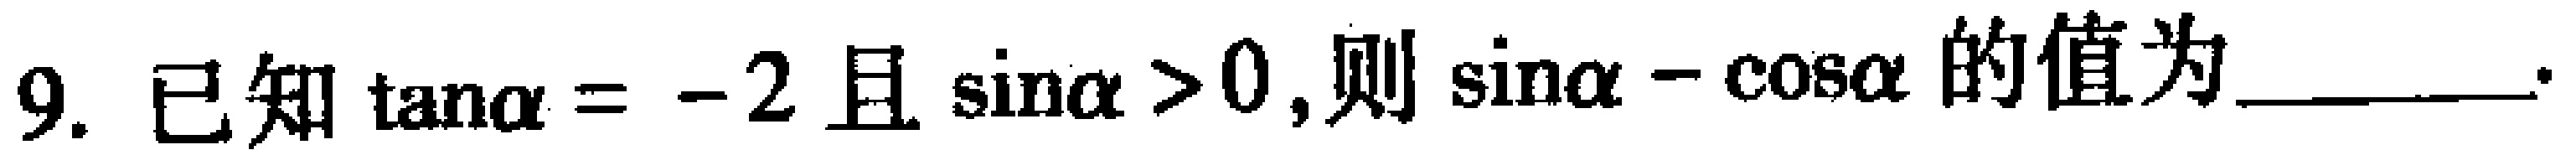
9. 已知$\tan\alpha = -2$且$\sin\alpha>0$,则$\sin\alpha - \cos\alpha$的值为________.